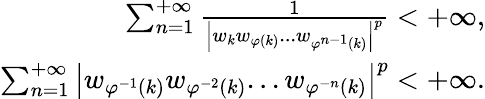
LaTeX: \begin{array}{r}{\sum_{n=1}^{+\infty}{\frac{1}{\left|w_{k}w_{\varphi\left(k\right)}...w_{\varphi^{n-1}\left(k\right)}\right|^{p}}}<+\infty,}\\ {\sum_{n=1}^{+\infty}{\left|w_{\varphi^{-1}\left(k\right)}w_{\varphi^{-2}\left(k\right)}...w_{\varphi^{-n}\left(k\right)}\right|}^{p}<+\infty.}\end{array}